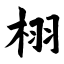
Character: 栩